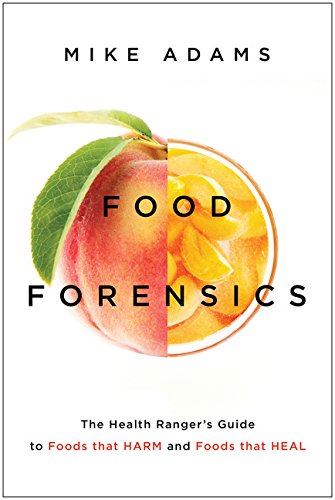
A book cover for Food Forensics: The Health RangerEEs Guide to Foods that Harm and Foods that Heal; Mike Adams; Health, Fitness & Dieting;